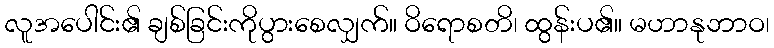
လူအပေါင်း၏ ချစ်ခြင်းကိုပွားစေလျှက်။ ဝိရောစတိ၊ ထွန်းပ၏။ မဟာနုဘာဝ၊